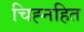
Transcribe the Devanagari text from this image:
चिह्नहित